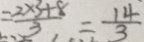
= \frac { 2 \times 3 + 8 } { 3 } = \frac { 1 4 } { 3 }